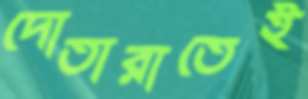
দোতারাতেই